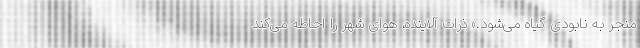
منجر به نابودی گیاه می‌شود.» ذرات آلاینده، هوای شهر را احاطه می‌کند